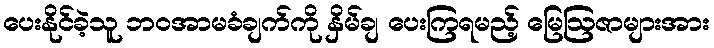
ပေးနိုင်ခဲ့သူ ဘဝအာမခံချက်ကို နှိမ်ချ ပေးကြရမည့် မြေဩဇာများအား